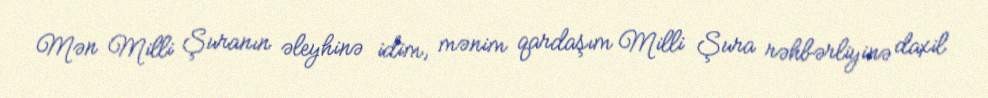
Mən Milli Şuranın əleyhinə idim, mənim qardaşım Milli Şura rəhbərliyinə daxil